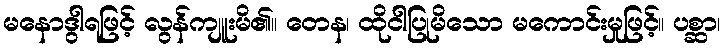
မနောဒွါရဖြင့် လွန်ကျူးမိ၏။ တေန၊ ထိုငါပြုမိသော မကောင်းမှုဖြင့်။ ပစ္ဆာ၊